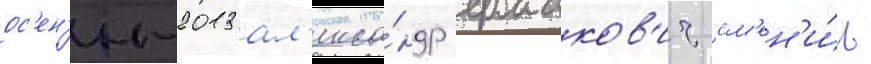
ос'ен'и-2013 ал'екса́ндр ермаков'ич см'ен'и́л